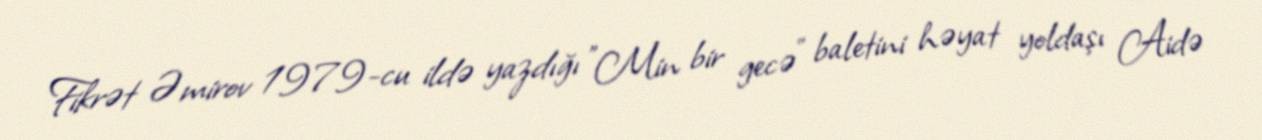
Fikrət Əmirov 1979-cu ildə yazdığı "Min bir gecə" baletini həyat yoldaşı Aidə